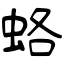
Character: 蛒